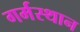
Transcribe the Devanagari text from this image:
गर्मस्थान